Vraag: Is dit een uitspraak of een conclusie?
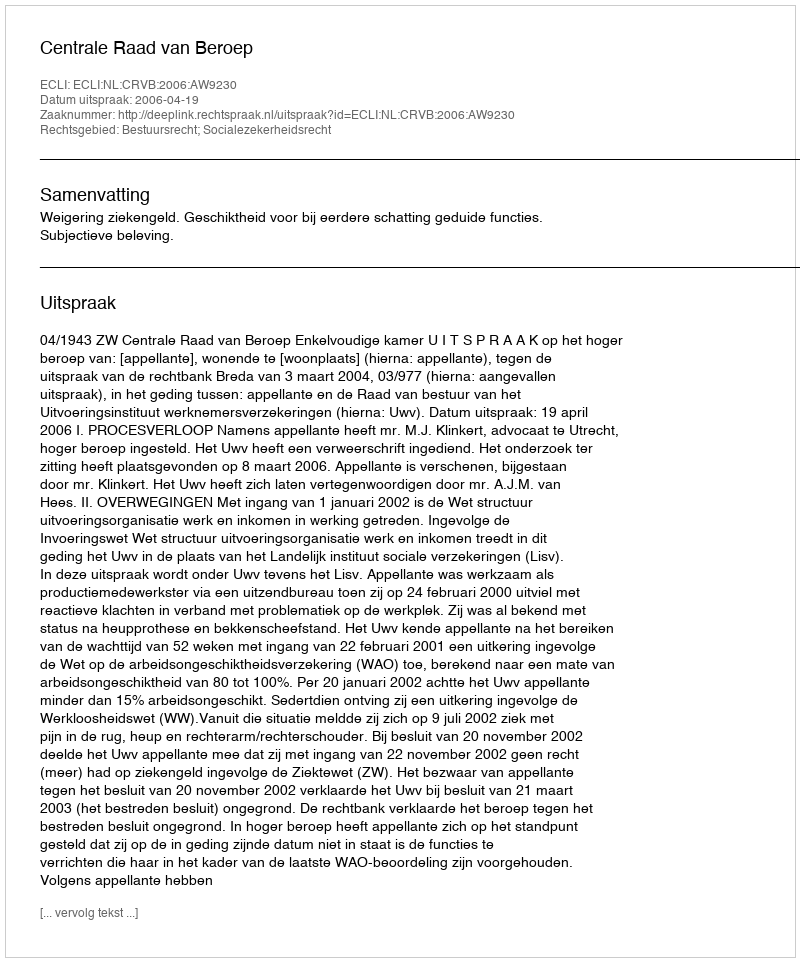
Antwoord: Uitspraak